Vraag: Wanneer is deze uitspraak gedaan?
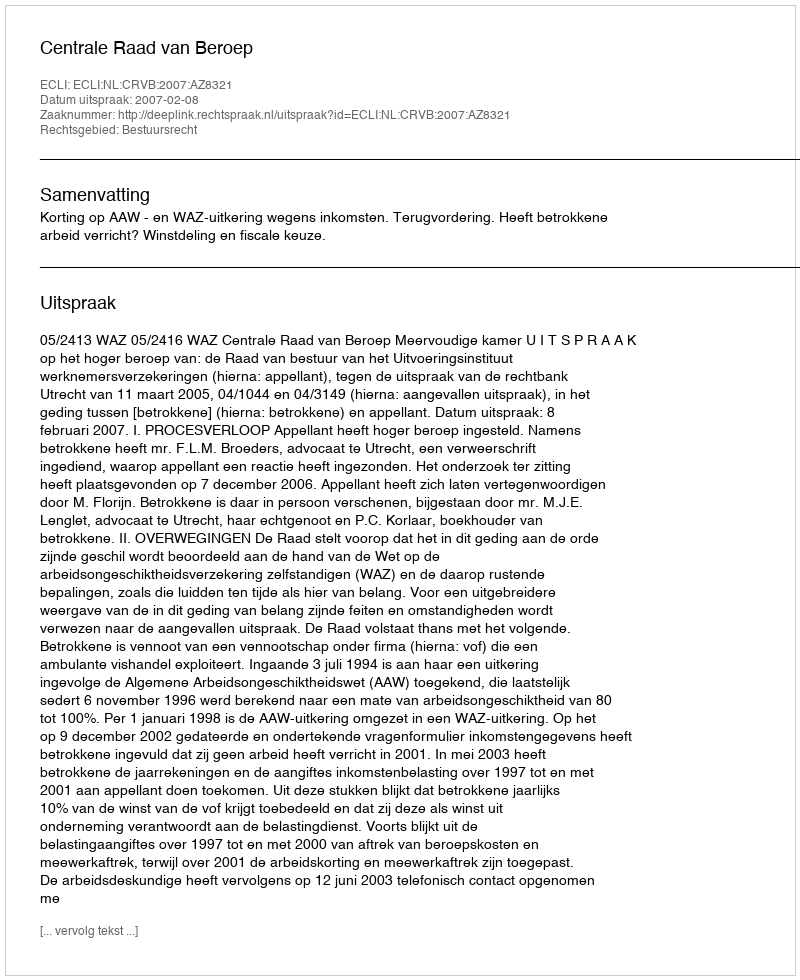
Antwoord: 2007-02-08